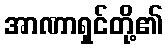
အာဏာရှင်တို့၏